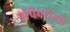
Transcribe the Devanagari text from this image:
संपेपर्यंतचे